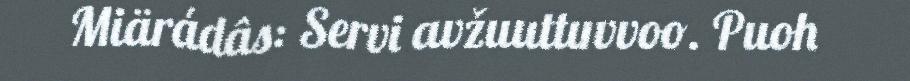
Miärádâs: Servi avžuuttuvvoo. Puoh